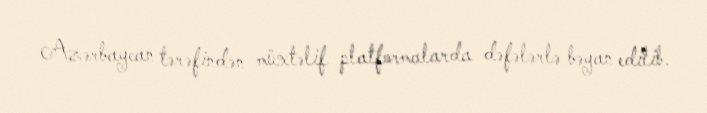
Azərbaycan tərəfindən müxtəlif platformalarda dəfələrlə bəyan edilib.